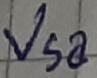
Text: Vsa